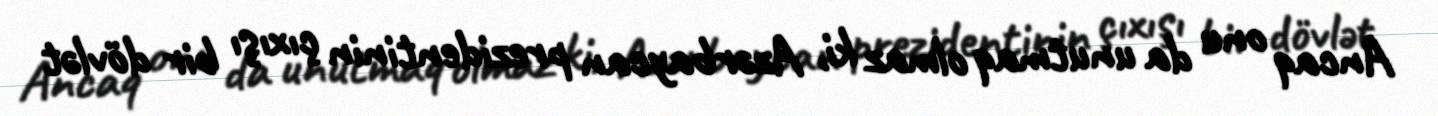
Ancaq onu da unutmaq olmaz ki, Azərbaycan prezidentinin çıxışı bir dövlət